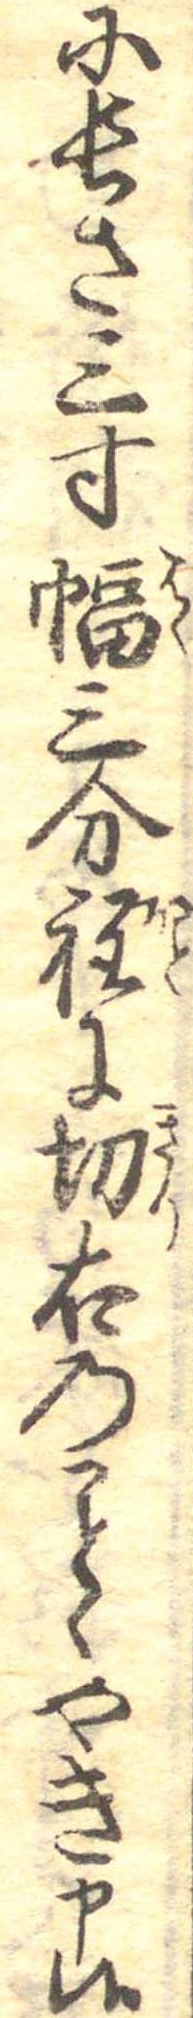
に長さ三寸幅三分程に切右のくやき申候